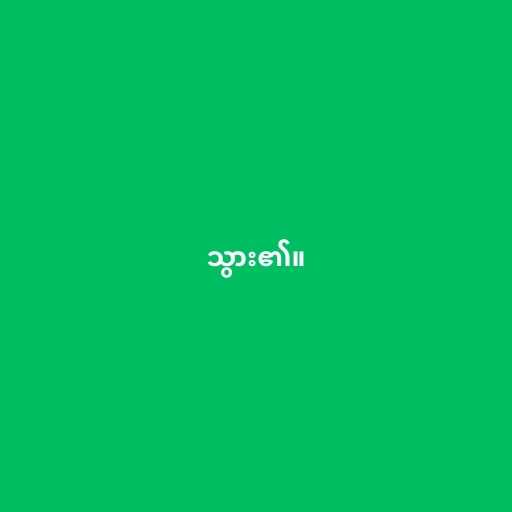
သွား၏။